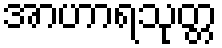
အာဟာရသုတ္တ